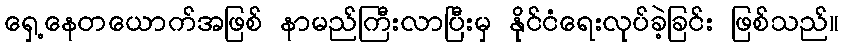
ရှေ့နေတယောက်အဖြစ် နာမည်ကြီးလာပြီးမှ နိုင်ငံရေးလုပ်ခဲ့ခြင်း ဖြစ်သည်။